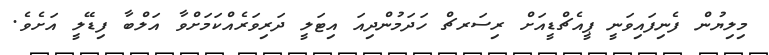
މިލިޔުން ފެނިފައިވަނީ ޕީއެޗްޑީއަށް ރިސަރޗް ހަދަމުންދިއަ އިޓަލީ ދަރިވަރެއްކަމަށްވާ އަލްބާ ފިޑޭލީ އަށެވެ.